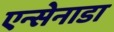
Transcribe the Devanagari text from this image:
एन्सेनाडा